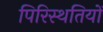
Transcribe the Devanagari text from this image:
पिरिस्थतियों